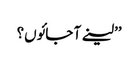
’’لینے آ جائوں؟